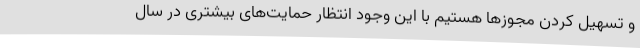
و تسهیل کردن مجوزها هستیم با این وجود انتظار حمایت‌های بیشتری در سال